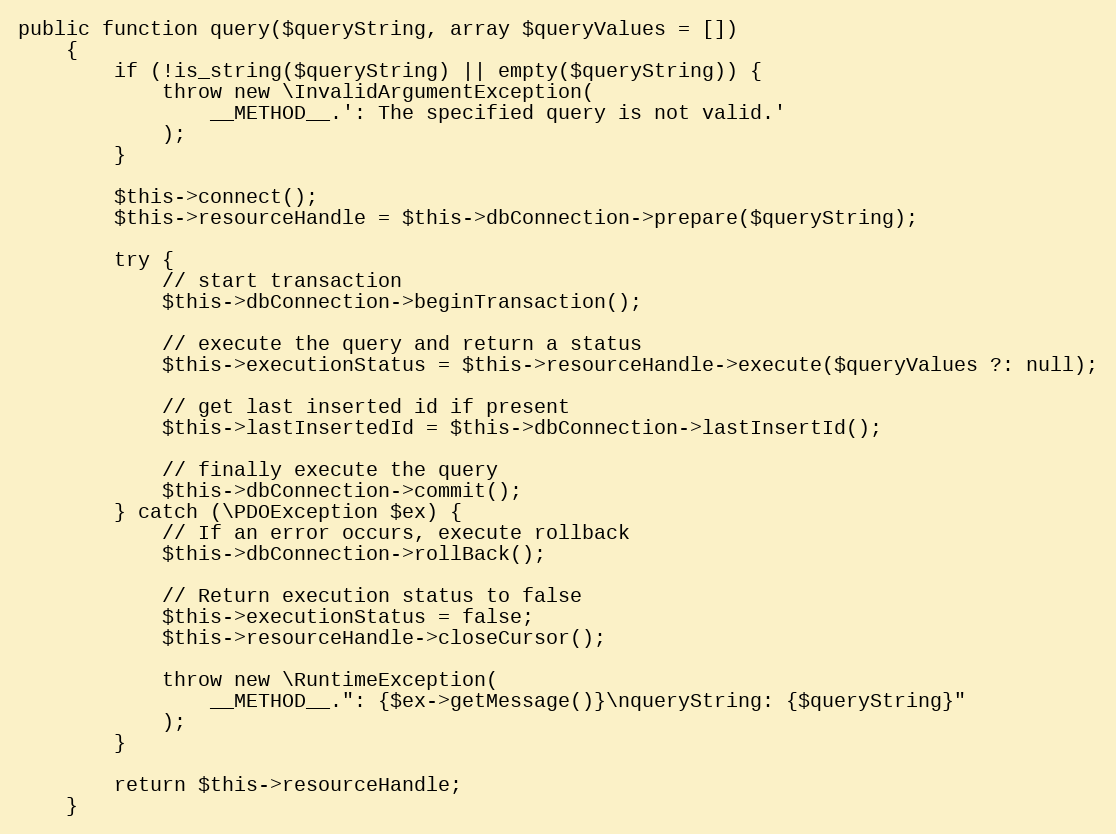
Language: PHP
public function query($queryString, array $queryValues = [])
    {
        if (!is_string($queryString) || empty($queryString)) {
            throw new \InvalidArgumentException(
                __METHOD__.': The specified query is not valid.'
            );
        }

        $this->connect();
        $this->resourceHandle = $this->dbConnection->prepare($queryString);

        try {
            // start transaction
            $this->dbConnection->beginTransaction();

            // execute the query and return a status
            $this->executionStatus = $this->resourceHandle->execute($queryValues ?: null);

            // get last inserted id if present
            $this->lastInsertedId = $this->dbConnection->lastInsertId();

            // finally execute the query
            $this->dbConnection->commit();
        } catch (\PDOException $ex) {
            // If an error occurs, execute rollback
            $this->dbConnection->rollBack();

            // Return execution status to false
            $this->executionStatus = false;
            $this->resourceHandle->closeCursor();

            throw new \RuntimeException(
                __METHOD__.": {$ex->getMessage()}\nqueryString: {$queryString}"
            );
        }

        return $this->resourceHandle;
    }